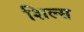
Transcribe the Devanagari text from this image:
शिल्स